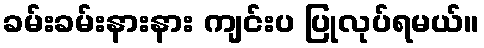
ခမ်းခမ်းနားနား ကျင်းပ ပြုလုပ်ရမယ်။